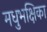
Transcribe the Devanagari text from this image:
मधुभक्षिका